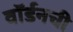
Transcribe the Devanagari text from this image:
वॉर्डनची